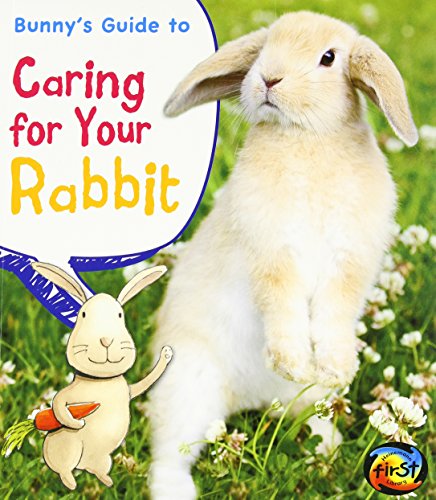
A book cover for Bunny's Guide to Caring for Your Rabbit (Pets' Guides); Anita Ganeri; Crafts, Hobbies & Home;